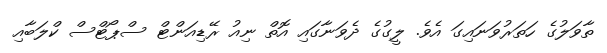
ތާވަލުގެ ހަތަރުވަނައިގަ އެވެ. ލީގުގެ ދެވަނާގައި އޮތް ނިއު ރޭޑިއަންޓް ސްޕޯޓްސް ކްލަބާއި